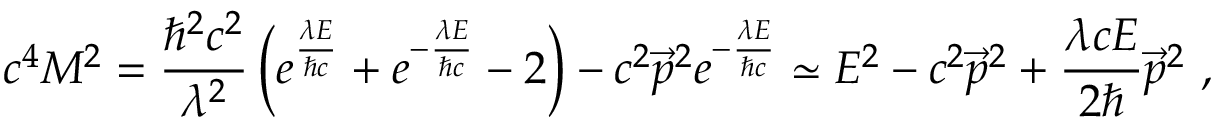
c ^ { 4 } M ^ { 2 } = { \frac { \hbar ^ { 2 } c ^ { 2 } } { \lambda ^ { 2 } } } \left( e ^ { \frac { \lambda E } { \hbar c } } + e ^ { - { \frac { \lambda E } { \hbar c } } } - 2 \right) - c ^ { 2 } \vec { p } ^ { 2 } e ^ { - { \frac { \lambda E } { \hbar c } } } \simeq E ^ { 2 } - c ^ { 2 } \vec { p } ^ { 2 } + { \frac { \lambda c E } { 2 \hbar } } \vec { p } ^ { 2 } ~ ,